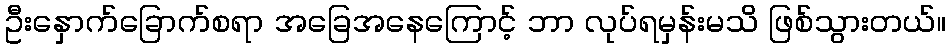
ဦးနှောက်ခြောက်စရာ အခြေအနေကြောင့် ဘာ လုပ်ရမှန်းမသိ ဖြစ်သွားတယ်။